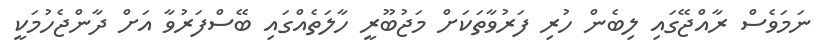
ނަމަވެސް ރާއްޖޭގައި ލިބެން ހުރި ފަރުވާތަކަށް މަޖުބޫރީ ހާލަތެއްގައި ބޭސްފަރުވާ އަށް ދާންޖެހުމަކީ